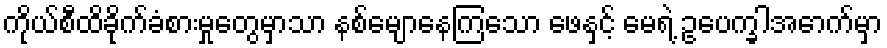
ကိုယ်စီထိခိုက်ခံစားမှုတွေမှာသာ နစ်မျောနေကြသော ဖေနှင့် မေရဲ့ ဥပေက္ခါအောက်မှာ